Scottish Certificate of Education, 1963
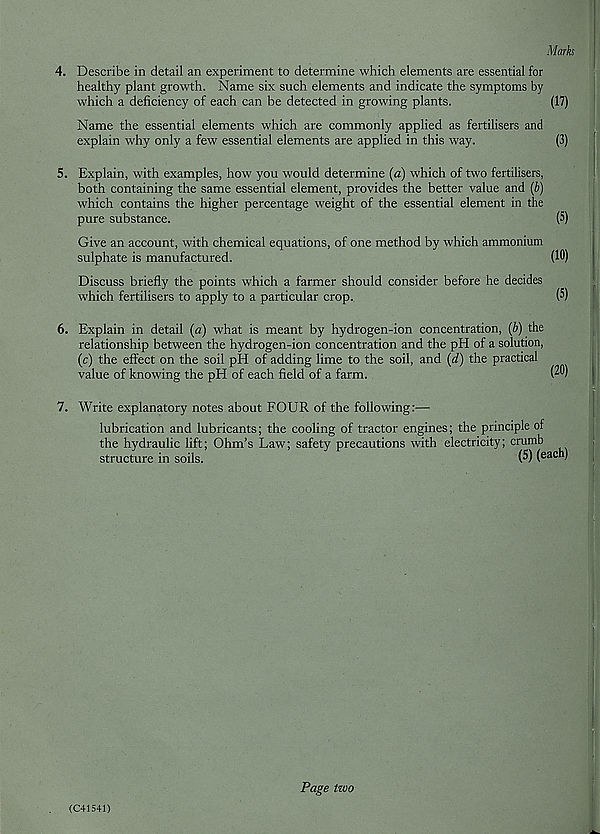
Marks
4. Describe in detail an experiment to determine which elements are essential for
healthy plant growth. Name six such elements and indicate the symptoms by
which a deficiency of each can be detected in growing plants.
(17)
Name the essential elements which are commonly applied as fertilisers and
explain why only a few essential elements are applied in this way.
(3)
5. Explain, with examples, how you would determine (a) which of two fertilisers,
both containing the same essential element, provides the better value and (b)
which contains the higher percentage weight of the essential element in the
pure substance.
(5)
Give an account, with chemical equations, of one method by which ammonium
sulphate is manufactured.
(10)
Discuss briefly the points which a farmer should consider before he decides
which fertilisers to apply to a particular crop..
(5)
6. Explain in detail (a) what is meant by hydrogen-ion concentration, (b) the
relationship between the hydrogen-ion concentration and the pH of a solution,
(c) the effect on the soil pH of adding lime to the soil, and (d) the practical
value of knowing the pH of each field of a farm.
(20)
7. Write explanatory notes about FOUR of the following:—
lubrication and lubricants; the cooling of tractor engines; the principle of
the hydraulic lift; Ohm’s Law; safety precautions with electricity; crumb
structure in soils.
(5) (each)
(C41541)
Page two